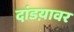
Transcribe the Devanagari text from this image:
दांडय़ावर